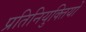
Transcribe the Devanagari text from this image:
प्रतिनियुक्तियों